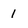
Character: 1